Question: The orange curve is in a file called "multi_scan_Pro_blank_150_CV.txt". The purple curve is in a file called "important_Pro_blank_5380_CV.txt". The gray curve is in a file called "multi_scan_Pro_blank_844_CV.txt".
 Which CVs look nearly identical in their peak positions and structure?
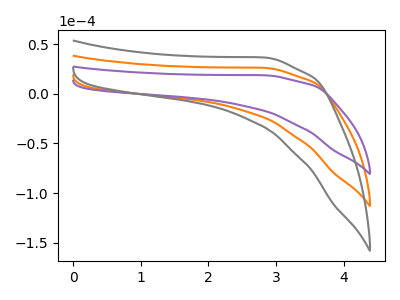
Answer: <think>The orange curve "Pro blank1" has no peaks. The purple curve "Pro blank2" has no peaks. The gray curve "Pro blank3" has no peaks.
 Neither "Pro blank1" or "Pro blank2" have any peaks. Neither "Pro blank1" or "Pro blank3" have any peaks. Neither "Pro blank2" or "Pro blank3" have any peaks.</think>
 <answer>"Pro blank2", "Pro blank1" and "Pro blank3" have the same shape and are likely CV's of the same chemical.</answer>
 <eval>"Pro blank2" "Pro blank1" "Pro blank3"</eval>